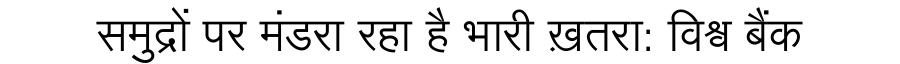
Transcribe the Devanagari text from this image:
समुद्रों पर मंडरा रहा है भारी ख़तरा: विश्व बैंक